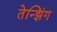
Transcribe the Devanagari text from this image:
तेन्झिंग